Source: Handwritten
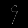
Digit: ၄ (4)